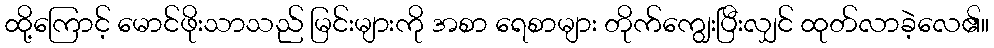
ထို့ကြောင့် မောင်ဖိုးသာသည် မြင်းများကို အစာ ရေစာများ တိုက်ကျွေးပြီးလျှင် ထုတ်လာခဲ့လေ၏။